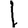
Digit: 1